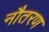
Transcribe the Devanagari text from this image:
नौतरण